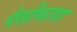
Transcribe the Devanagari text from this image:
पैसीफायर